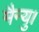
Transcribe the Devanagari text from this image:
मैन्यु।